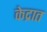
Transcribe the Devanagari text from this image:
केद्रात